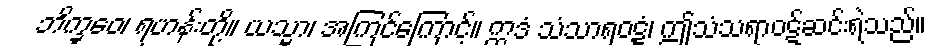
ဘိက္ခဝေ၊ ရဟန်းတို့။ ယသ္မာ၊ အကြင်ကြောင့်။ ဣဒံ သံသာရဝဋ္ဋံ၊ ဤသံသရာဝဋ်ဆင်းရဲသည်။